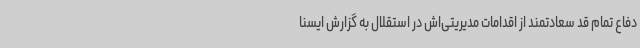
دفاع تمام قد سعادتمند از اقدامات مدیریتی‌اش در استقلال به گزارش ایسنا